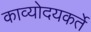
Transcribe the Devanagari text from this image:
काव्योदयकर्ते